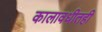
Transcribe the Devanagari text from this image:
कालावधीतही